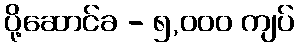
ပို့ဆောင်ခ - ၅,၀၀၀ ကျပ်